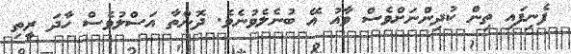
ފެނިފައި ތިން ކުދިންނަށްވެސް ވާއު އޭ ބުނެލެވުނެވެ. ދޮންތާ އަސްލުވެސް ހާދަ ރީތި